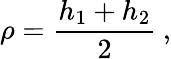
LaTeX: \rho=\displaystyle\frac{h_{1}+h_{2}}{2}\: ,